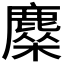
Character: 𬸿